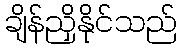
ချိန်ညှိနိုင်သည်